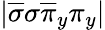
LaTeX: |\overline{{\sigma}}\sigma\overline{{\pi}}_{y}\pi_{y}|